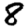
Digit: 8